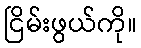
ငြိမ်းဖွယ်ကို။